Note on the mental hospitals in Burma - 1925-1940
Year: 1925
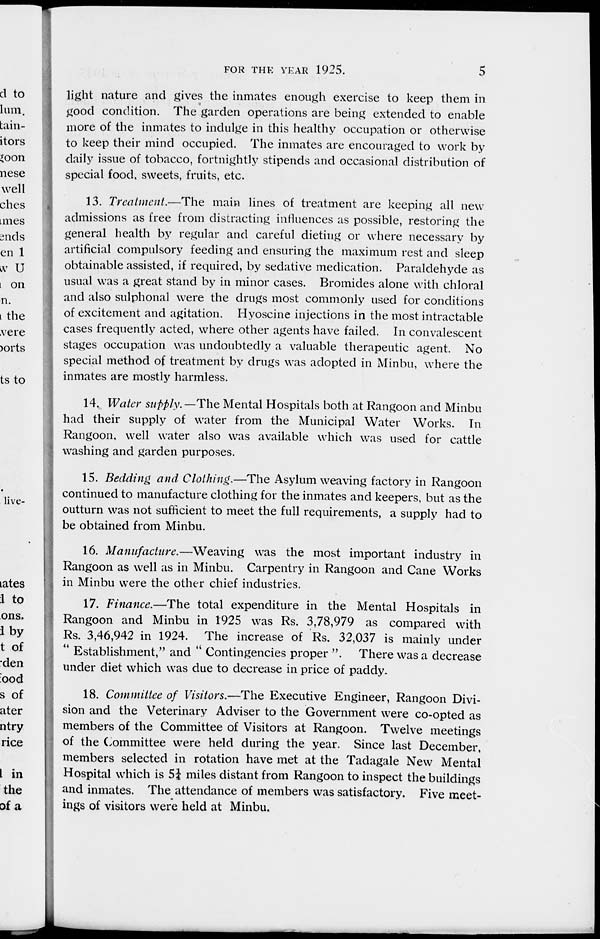
FOR THE YEAR 1925.
5
light nature and gives the inmates enough exercise to keep them in
good condition. The garden operations are being extended to enable
more of the inmates to indulge in this healthy occupation or otherwise
to keep their mind occupied. The inmates are encouraged to work by
daily issue of tobacco, fortnightly stipends and occasional distribution of
special food, sweets, fruits, etc.
13. Treatment.—The main lines of treatment are keeping all new
admissions as free from distracting influences as possible, restoring the
general health by regular and careful dieting or where necessary by
artificial compulsory feeding and ensuring the maximum rest and sleep
obtainable assisted, if required, by sedative medication. Paraldehyde as
usual was a great stand by in minor cases. Bromides alone with chloral
and also sulphonal were the drugs most commonly used for conditions
of excitement and agitation. Hyoscine injections in the most intractable
cases frequently acted, where other agents have failed. In convalescent
stages occupation was undoubtedly a valuable therapeutic agent. No
special method of treatment by drugs was adopted in Minbu, where the
inmates are mostly harmless.
14. Water supply. — The Mental Hospitals both at Rangoon and Minbu
had their supply of water from the Municipal Water Works. In
Rangoon, well water also was available which was used for cattle
washing and garden purposes.
15. Bedding and Clothing.—The Asylum weaving factory in Rangoon
continued to manufacture clothing for the inmates and keepers, but as the
outturn was not sufficient to meet the full requirements, a supply had to
be obtained from Minbu.
16. Manufacture.—Weaving
was the most important industry in
Rangoon as well as in Minbu. Carpentry in Rangoon and Cane Works
in Minbu were the other chief industries.
17. Finance.—The total expenditure in the Mental Hospitals in
Rangoon and Minbu in 1925 was Rs. 3,78,979 as compared with
Rs. 3,46,942 in 1924. The increase of Rs. 32,037 is mainly under
" Establishment," and " Contingencies proper ". There was a decrease
under diet which was due to decrease in price of paddy.
18. Committee of Visitors.—The Executive Engineer, Rangoon Divi-
sion and the Veterinary Adviser to the Government were co-opted as
members of the Committee of Visitors at Rangoon. Twelve meetings
of the Committee were held during the year. Since last December,
members selected in rotation have met at the Tadagale New Mental
Hospital which is 5¼ miles distant from Rangoon to inspect the buildings
and inmates. The attendance of members was satisfactory. Five meet-
ings of visitors were held at Minbu.